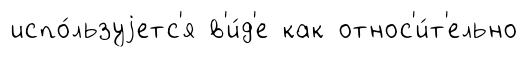
испо́льзуjетс'я в'и́д'е как относ'и́т'ельно